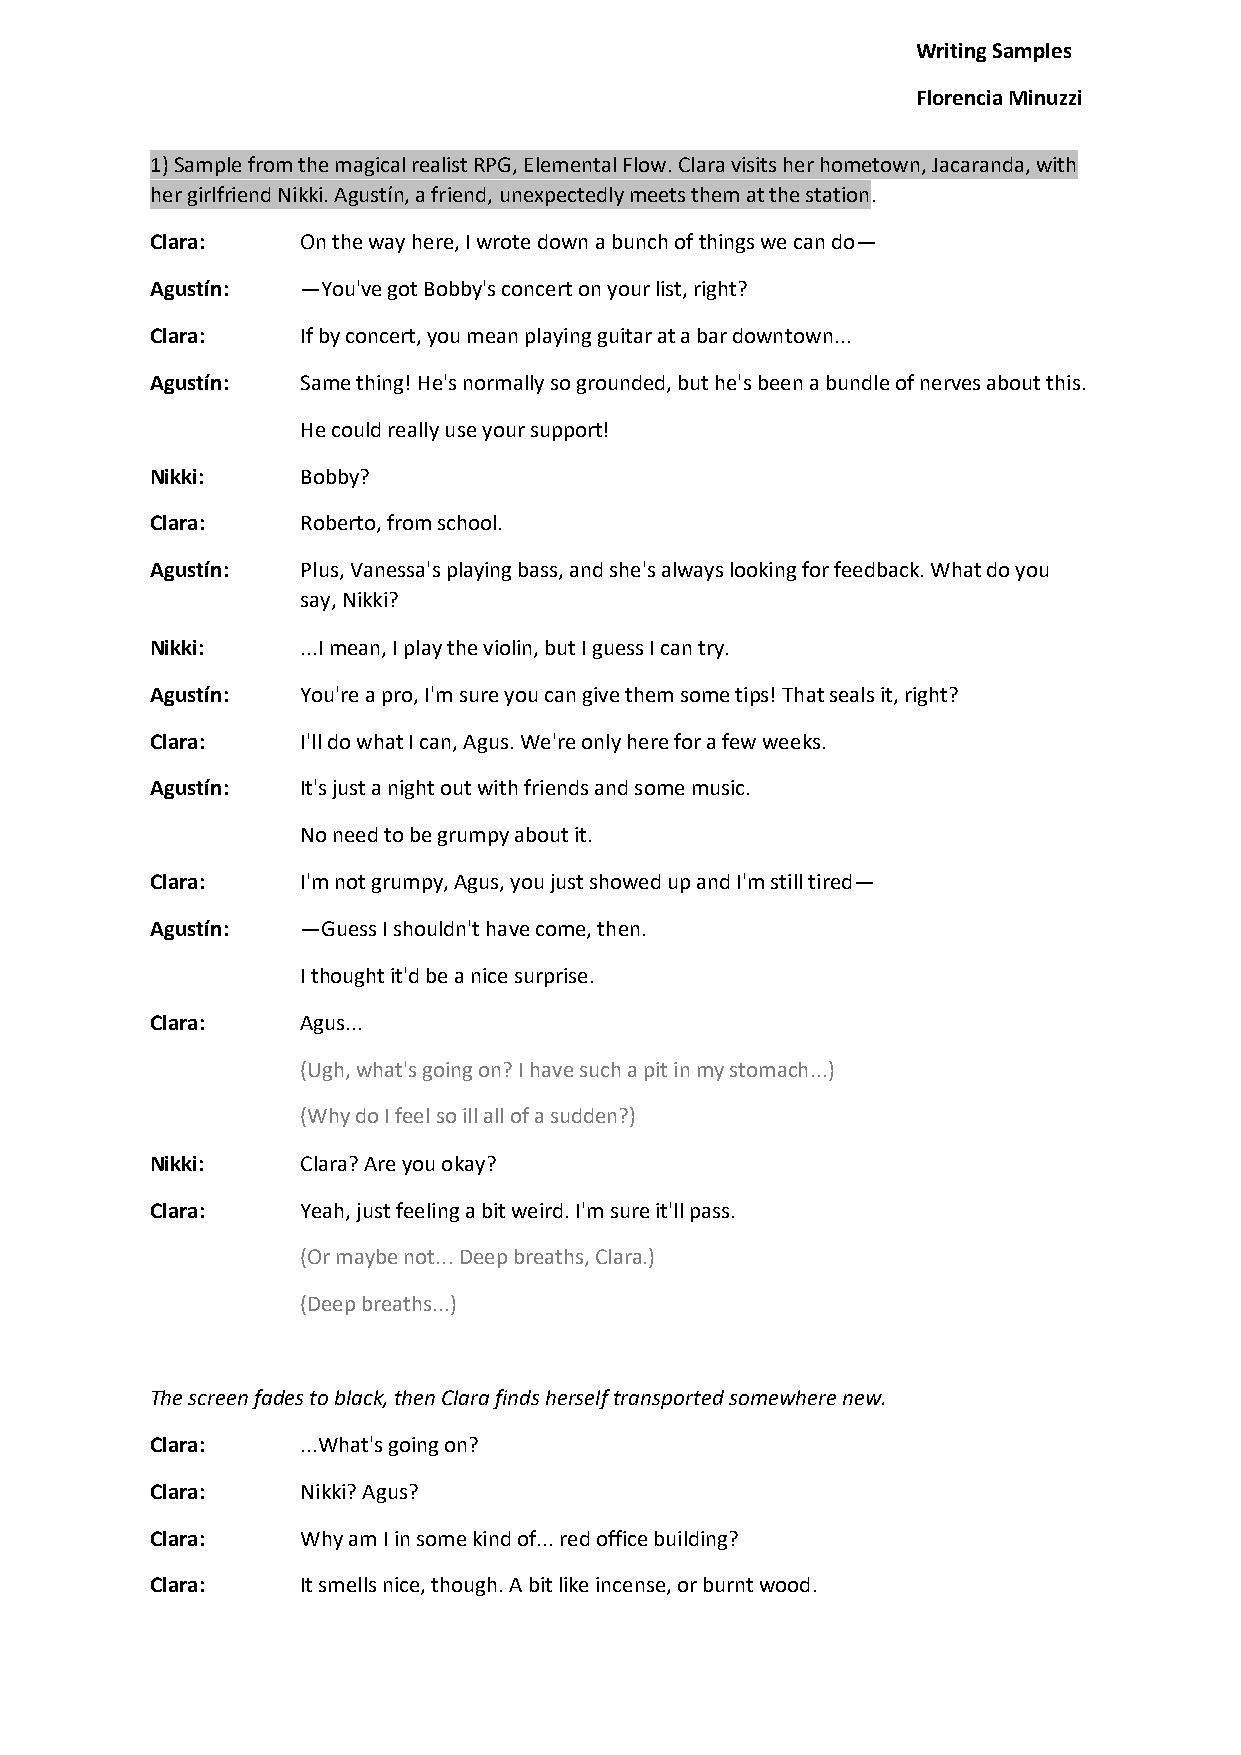
Writing Samples
 Florencia Minuzzi
 1) Sample from the magical realist RPG, Elemental Flow. Clara visits her hometown, Jacaranda, with
 her girlfriend Nikki. Agustín, a friend, unexpectedly meets them at the station.
 Clara:    On the way here, I wrote down a bunch of things we can do—
 Agustín:  —You've got Bobby's concert on your list, right?
 Clara:    If by concert, you mean playing guitar at a bar downtown...
 Agustín:  Same thing! He's normally so grounded, but he's been a bundle of nerves about this.
 He could really use your support!
 Nikki:    Bobby?
 Clara:    Roberto, from school.
 Agustín:  Plus, Vanessa's playing bass, and she's always looking for feedback. What do you
 say, Nikki?
 Nikki:    ...I mean, I play the violin, but I guess I can try.
 Agustín:  You're a pro, I'm sure you can give them some tips! That seals it, right?
 Clara:    I'll do what I can, Agus. We're only here for a few weeks.
 Agustín:  It's just a night out with friends and some music.
 No need to be grumpy about it.
 Clara:    I'm not grumpy, Agus, you just showed up and I'm still tired—
 Agustín:  —Guess I shouldn't have come, then.
 I thought it'd be a nice surprise.
 Clara:    Agus...
 (Ugh, what's going on? I have such a pit in my stomach...)
 (Why do I feel so ill all of a sudden?)
 Nikki:    Clara? Are you okay?
 Clara:    Yeah, just feeling a bit weird. I'm sure it'll pass.
 (Or maybe not... Deep breaths, Clara.)
 (Deep breaths...)
 The screen fades to black, then Clara finds herself transported somewhere new.
 Clara:    ...What's going on?
 Clara:    Nikki? Agus?
 Clara:    Why am I in some kind of... red office building?
 Clara:    It smells nice, though. A bit like incense, or burnt wood.